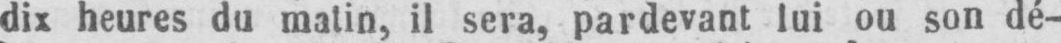
dix heures du matin, il sera, pardevant lui ou son dé-